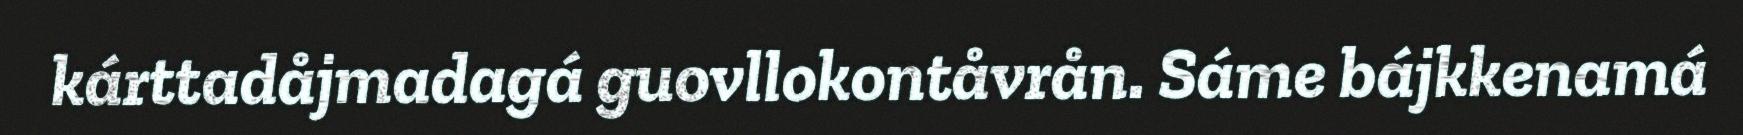
kárttadåjmadagá guovllokontåvrån. Sáme bájkkenamá